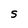
Character: S